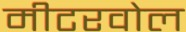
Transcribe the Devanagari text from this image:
मीटरवोल